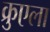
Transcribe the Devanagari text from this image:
क्रुएला